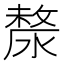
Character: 漦